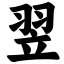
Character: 翌